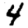
Digit: 4